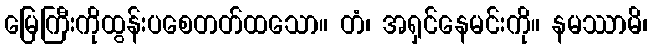
မြေကြီးကိုထွန်းပစေတတ်ထသော။ တံ၊ အရှင်နေမင်းကို။ နမဿာမိ၊